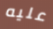
عليه